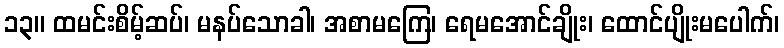
၁၃။ ထမင်းစိမ့်ဆပ်၊ မနပ်သောခါ၊ အစာမကြေ၊ ရေမအောင်ချိုး၊ ထောင်ပျိုးမပေါက်၊